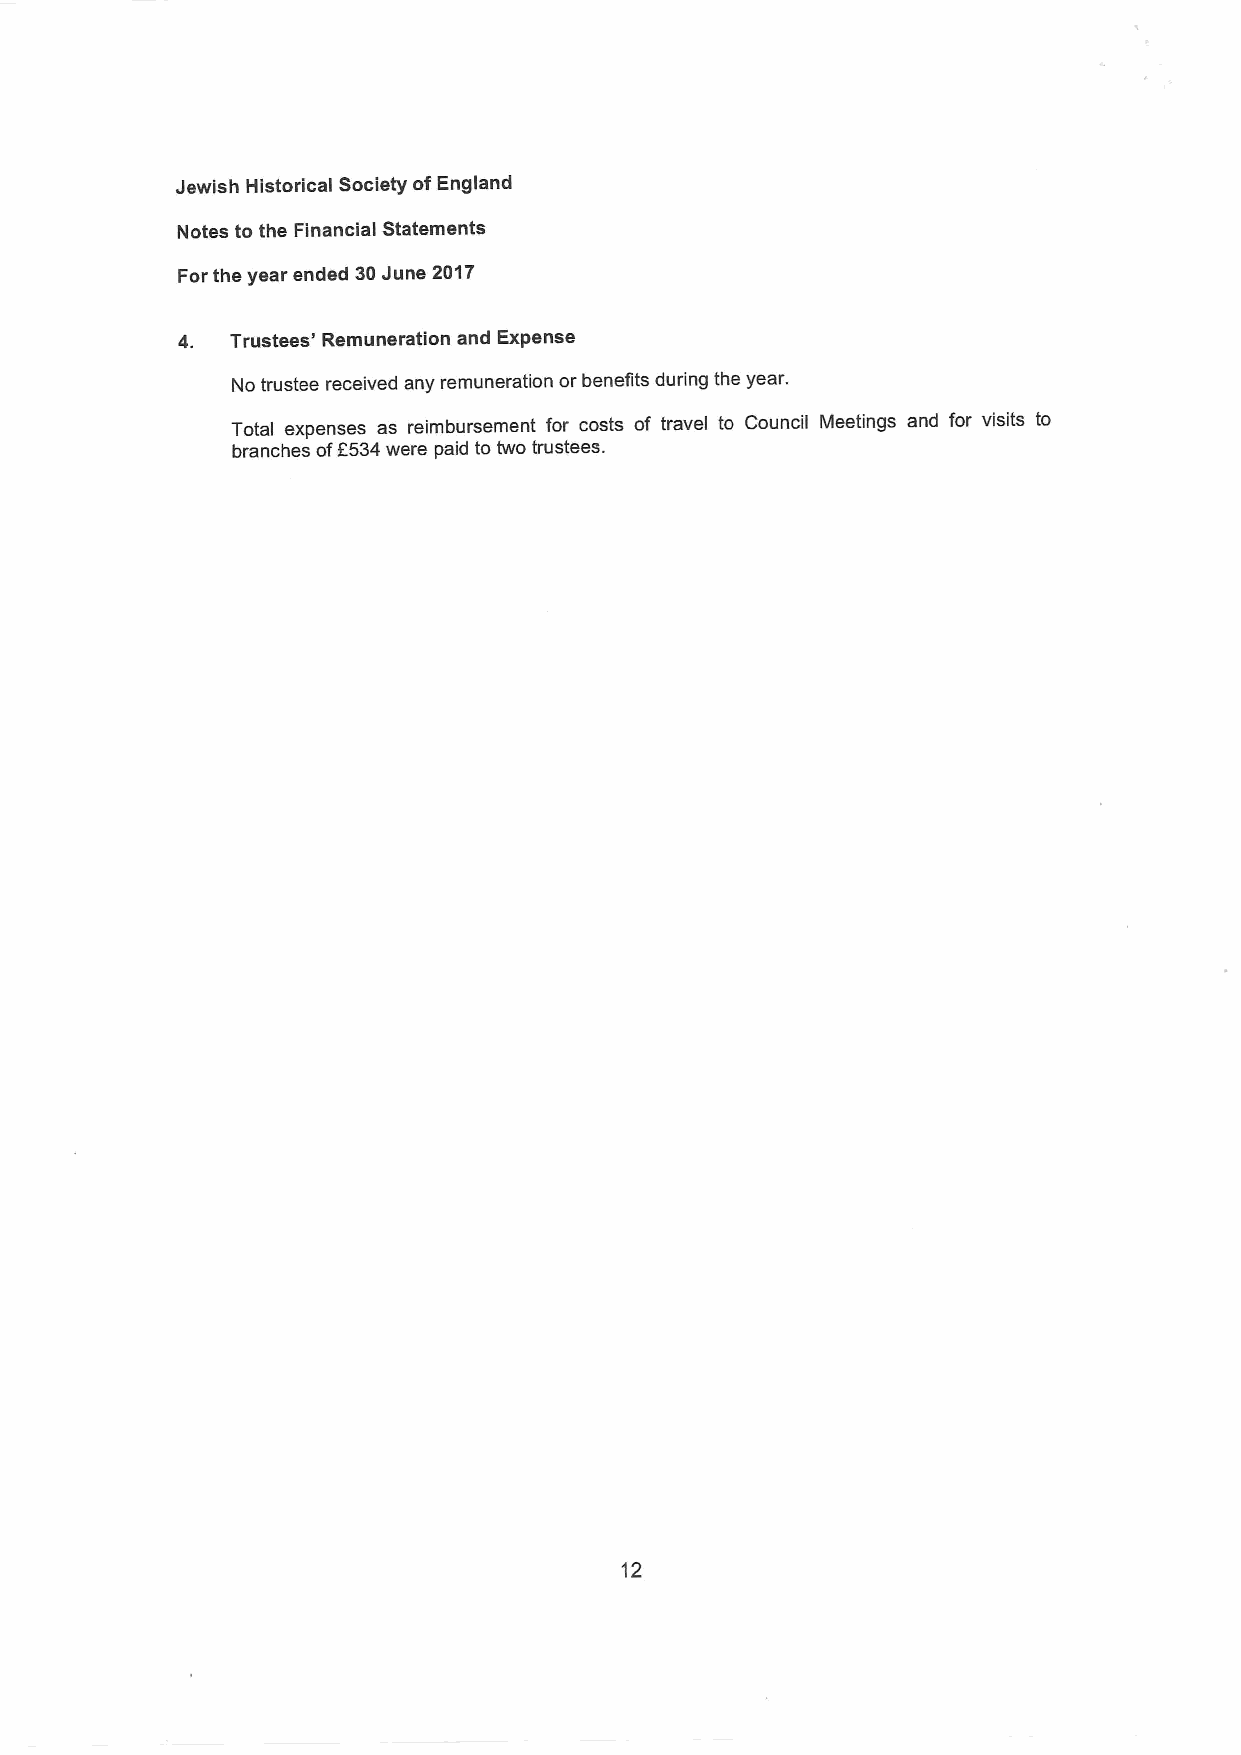
Jewish Historical Society ofEngland
 Notes to the Financial Statements
 For the year ended 30June 2017
 4. Trustees' Remuneration and Expense
 No trustee received any remuneration or benefits during the year.
 Total expenses as reimbursement for costs of travel to Council Meetings and for visits to
 branches ofF534were paid to two trustees.